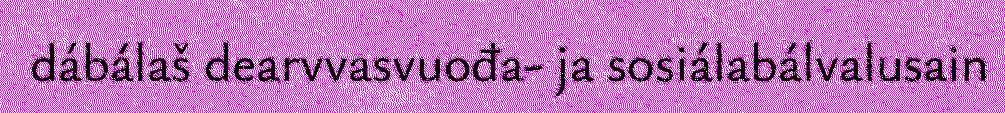
dábálaš dearvvasvuođa- ja sosiálabálvalusain